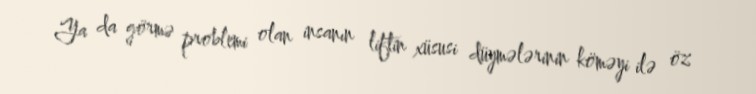
Ya da görmə problemi olan insanın liftin xüsusi düymələrinin köməyi ilə öz